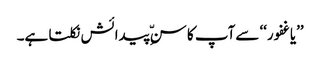
’’یاغفور‘‘ سےآپ کا سنِّ پیدائش نکلتا ہے۔